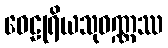
ဝေဠုရိယသုဝဏ္ဏဿ